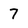
Character: 7